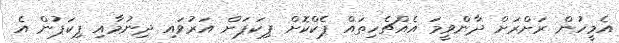
އެމީހުން ރަށްރަށް ދާންވީމަ އެއްޗެހިތައް ޕެކްކޮށް ޕިކަޕަށް އަރުވައި ދިނުމާއި ޕިކަޕުން އެ